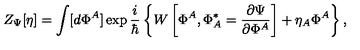
Z _ { \Psi } [ \eta ] = \int [ d \Phi ^ { A } ] \exp \frac { i } { \hbar } \left\{ W \left[ \Phi ^ { A } , \Phi _ { A } ^ { * } = \frac { \partial \Psi } { \partial \Phi ^ { A } } \right] + \eta _ { A } \Phi ^ { A } \right\} ,